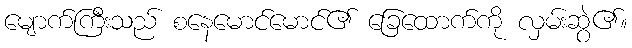
မျောက်ကြီးသည် စနေမောင်မောင်၏ ခြေထောက်ကို လှမ်းဆွဲ၏။